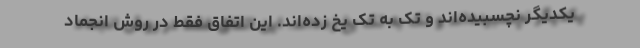
یکدیگر نچسبیده‌اند و تک به تک یخ زده‌اند. این اتفاق فقط در روش انجماد